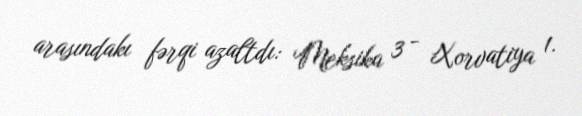
arasındakı fərqi azaltdı: Meksika 3 - Xorvatiya 1.